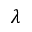
\lambda